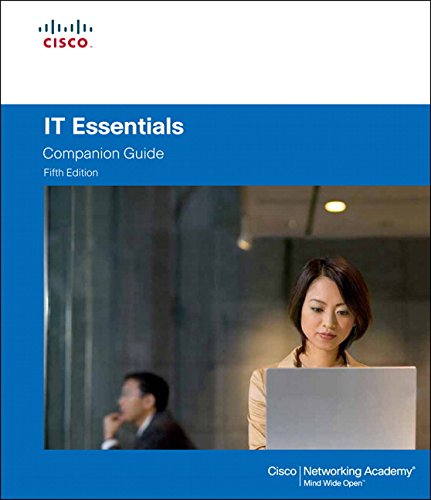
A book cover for IT Essentials (5th Edition) (Companion Guide); Cisco Networking Academy; Computers & Technology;